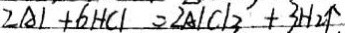
2 A L + 6 H C l = \angle A \vert C \vert 3 ^ { \prime } + 3 H _ { 2 } \uparrow